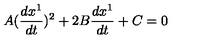
A ( \frac { d x ^ { 1 } } { d t } ) ^ { 2 } + 2 B \frac { d x ^ { 1 } } { d t } + C = 0